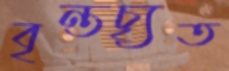
বৃন্তচ্যৃত